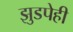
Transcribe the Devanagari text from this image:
झुडपेही